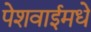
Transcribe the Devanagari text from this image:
पेशवाईमधे